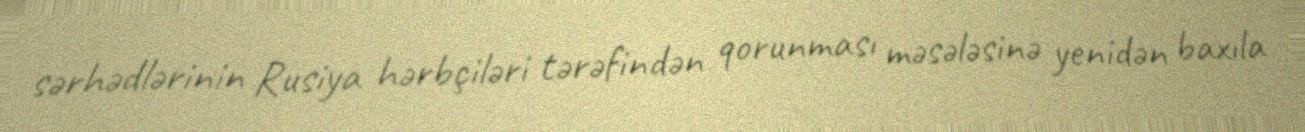
sərhədlərinin Rusiya hərbçiləri tərəfindən qorunması məsələsinə yenidən baxıla